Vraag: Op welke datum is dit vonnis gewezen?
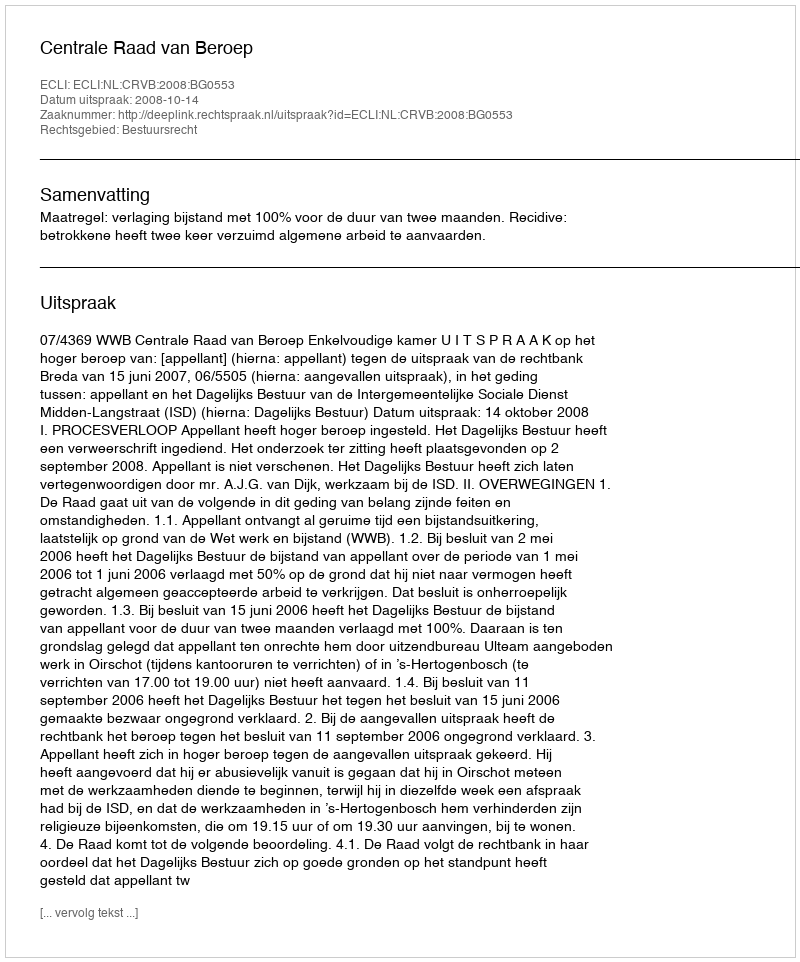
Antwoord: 2008-10-14